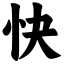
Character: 快